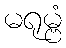
မရုမ္ဗံ